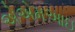
એએમઆઇ